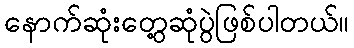
နောက်ဆုံးတွေ့ဆုံပွဲဖြစ်ပါတယ်။